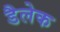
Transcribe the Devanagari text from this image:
डैलेक